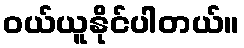
ဝယ်ယူနိုင်ပါတယ်။